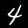
Digit: 4